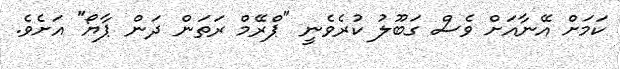
ކަމަށް އޭނާއަށް ވެސް ގަބޫލު ކުރެވެނީ "ޕްރޭމް ރަތަން ދަން ޕާޔޯ" އަށެވެ.